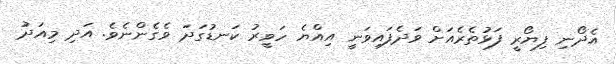
އެދޯނި ފިޔޯރީ ފަޅުތެރެެއަށް ވަދެފައިވަނީ އިއްޔެ ހަވީރު ކަނޑުގަދަ ވެގެންނެވެ. އަދި މިއަދު